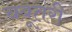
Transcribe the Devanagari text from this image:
चबूतरी